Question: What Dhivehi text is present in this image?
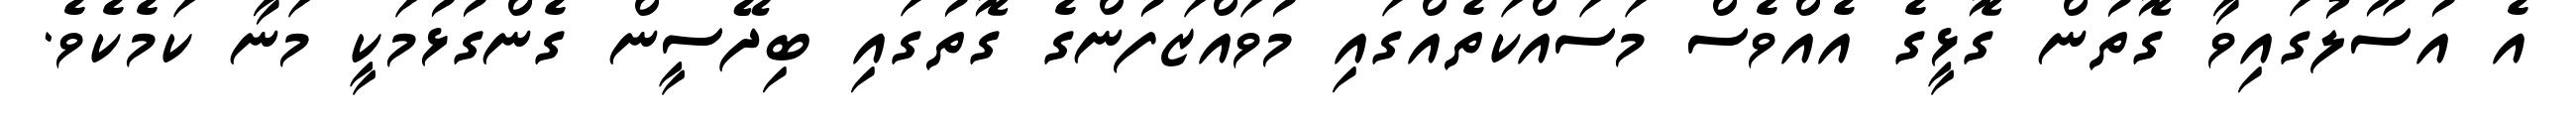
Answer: އެ އުސޫލުގައިވާ ގޮތުން ގޮޅީގެ އެއްވެސް މަސައްކަތެއްގައި މުވައްޒަފުންގެ ގޮތުގައި ބިދޭސީން ގެންގުޅުމަކީ މަނާ ކަމެކެވެ.